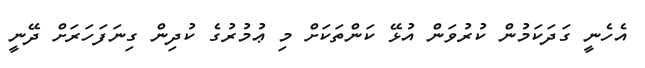
އެހެނީ ގަދަކަމުން ކުރުވަން އުޅޭ ކަންތަކަށް މި ޢުމުރުގެ ކުދިން ގިނަފަހަރަށް ދޭނީ